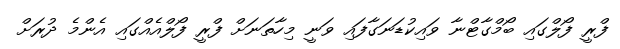
ފްރީ ފޯލްގައި ބޯމްގާޓްނާ ވައިކުޑަނަގާފައި ވަނީ މިހާތަނަށް ފްރީ ފޯލްއެއްގައި އެންމެ ދުރަށް